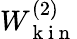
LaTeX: W_{\mathrm{~k~i~n~}}^{(2)}